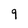
Character: 9